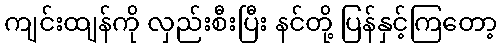
ကျင်းထျန်ကို လှည်းစီးပြီး နင်တို့ ပြန်နှင့်ကြတော့